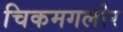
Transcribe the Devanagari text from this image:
चिकमगलोर